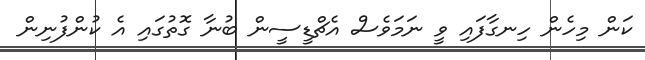
ކަން މިހެން ހިނގާފައި ވީ ނަމަވެސް އެޗްޑީސީން ބުނާ ގޮތުގައި އެ ކުންފުނިން